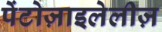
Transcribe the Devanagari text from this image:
पेंटोज़ाइलेलीज़